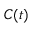
C ( t )